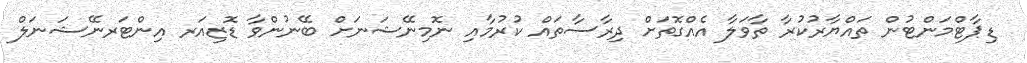
ޑިޕާޓްމަންޓުން ތައްޔާރުކުރާ ތާވަލާ އެއްގޮތަށް ދިރާސާތައް ކުރުމާއި ނޮމިނޭޝަނަށް ބޭނުންވާ ޑޮޒިއަރ އިންޓަރނޭޝަނަލް